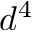
d ^ { 4 }